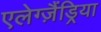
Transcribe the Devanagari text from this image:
एलेग्ज़ैंड्रिया